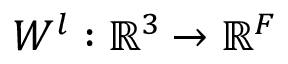
W ^ { l } : \mathbb { R } ^ { 3 } \xrightarrow [ ] { } \mathbb { R } ^ { F }